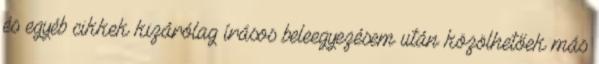
és egyéb cikkek kizárólag írásos beleegyezésem után közölhetőek más